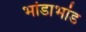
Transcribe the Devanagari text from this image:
भांडाभांड